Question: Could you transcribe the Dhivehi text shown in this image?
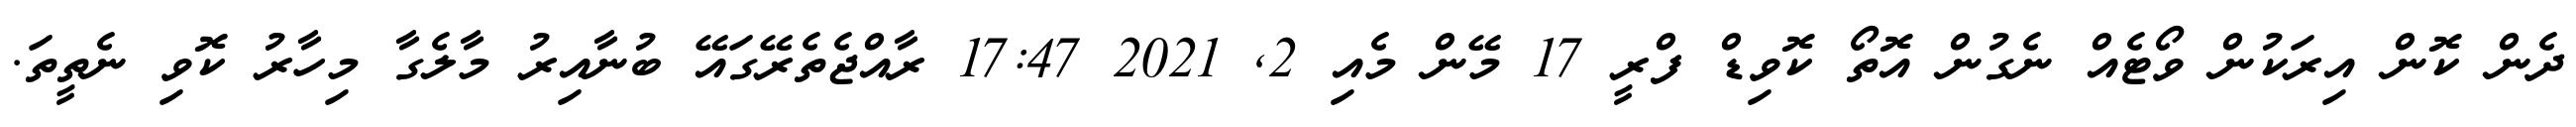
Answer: ދެން ކޮން އިރަކުން ވޯޓެއް ނެގުން އޮތޯ ކޮވިޑް ފްރީ 17 މޭން މެއި 2, 2021 17:47 ރާއްޖެތެރޭގައޭ ބުނާއިރު މާލެގާ މިހާރު ކޮވި ނެތީތަ.